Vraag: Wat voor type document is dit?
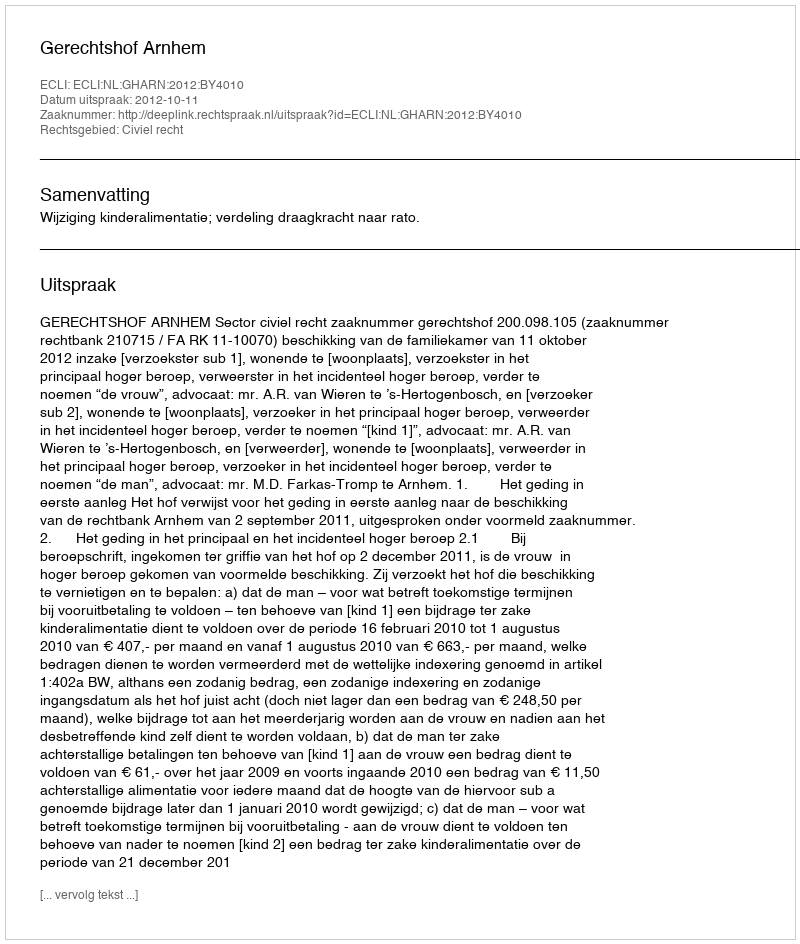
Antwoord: Uitspraak